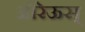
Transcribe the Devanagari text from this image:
औरेऊस्